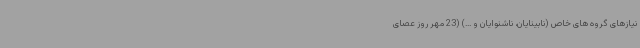
نیازهای گروه های خاص (نابینایان، ناشنوایان و ...) (23 مهر روز عصای